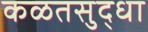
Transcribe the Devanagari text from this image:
कळतसुद्धा